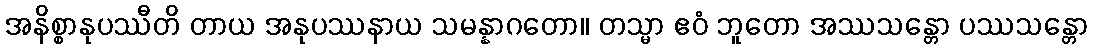
အနိစ္စာနုပဿီတိ တာယ အနုပဿနာယ သမန္နာဂတော။ တသ္မာ ဧဝံ ဘူတော အဿသန္တော ပဿသန္တော